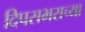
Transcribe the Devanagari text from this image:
दिपसभराच्या